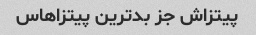
پیتزاش جز بدترین پیتزاهاس